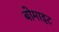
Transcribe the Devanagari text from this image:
बोमाइट